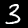
Digit: 3